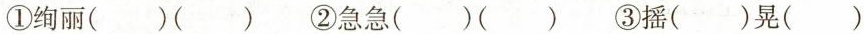
①绚丽()() ②急急()() ③摇()晃()